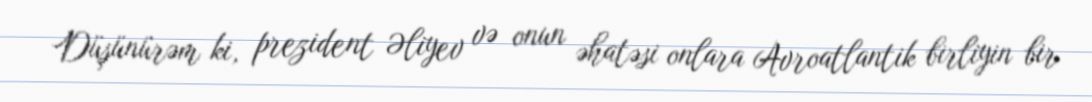
Düşünürəm ki, prezident Əliyev və onun əhatəsi onlara Avroatlantik birliyin bir